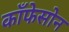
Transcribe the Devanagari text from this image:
काँफेसोन